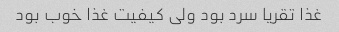
غذا تقریا سرد بود ولی کیفیت غذا خوب بود